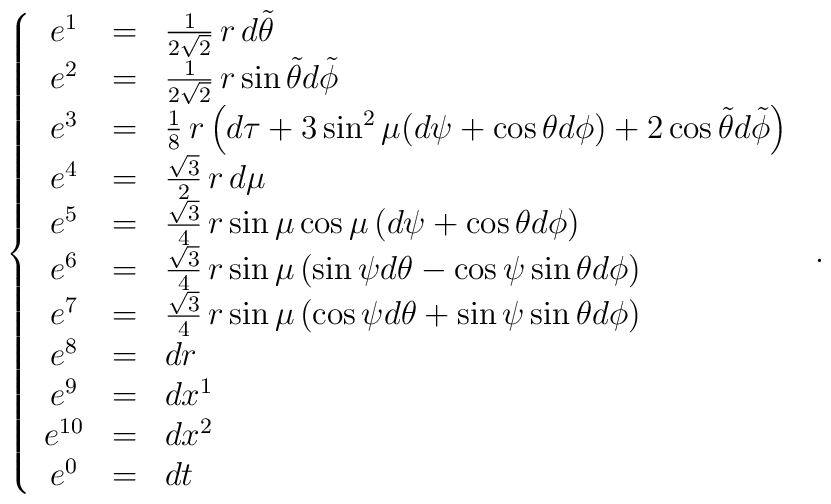
\left\{\begin{array}{ccl}e^1&=&\frac{1}{2\sqrt2}\,r\,d\tilde\theta\\e^2&=&\frac{1}{2\sqrt2}\,r\sin\tilde\theta d\tilde\phi\\e^3&=&\frac{1}{8}\,r\left(d\tau+3\sin^2\mu(d\psi+\cos\theta d\phi)+2\cos\tilde\theta d\tilde\phi\right)\\e^4&=&\frac{\sqrt3}{2}\,r\,d\mu\\e^5&=&\frac{\sqrt3}{4}\,r\sin\mu\cos\mu\left(d\psi+\cos\theta d\phi\right)\\e^6&=&\frac{\sqrt3}{4}\,r\sin\mu\left(\sin\psi d\theta-\cos\psi\sin\theta d\phi\right)\\e^7&=&\frac{\sqrt3}{4}\,r\sin\mu\left(\cos\psi d\theta+\sin\psi\sin\theta d\phi\right)\\e^{8}&=&dr\\e^9&=&dx^1\\e^{10}&=&dx^2\\e^0&=&dt\\\end{array}\right.\,.